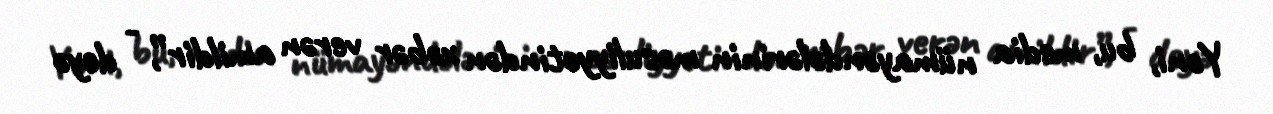
Yəni, bu, media nümayəndələrinin məsuliyyətindən xəbər verən amildir”, - deyə